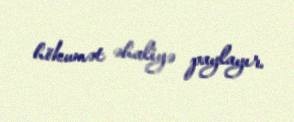
hökumət əhaliyə paylayır.